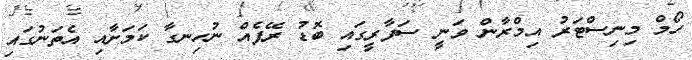
ހޯމް މިނިސްޓަރު އިމްރާން ވަނީ ސަފާރީގައި ބޮޑު ރޭޕެއް ނުހިނގާ ކަމަށާއި އެތަނުގައި